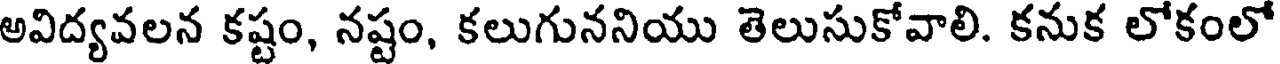
అవిద్యవలన కష్టం, నష్టం, కలుగుననియు తెలుసుకోవాలి. కనుక లోకంలో